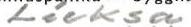
Lieksa